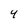
Character: 4